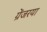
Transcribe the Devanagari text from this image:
ग्रेंजरया